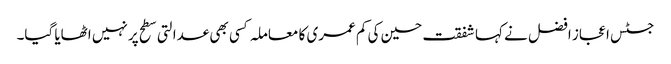
جسٹس اعجاز افضل نے کہا شفقت حسین کی کم عمری کا معاملہ کسی بھی عدالتی سطح پر نہیں اٹھایا گیا۔